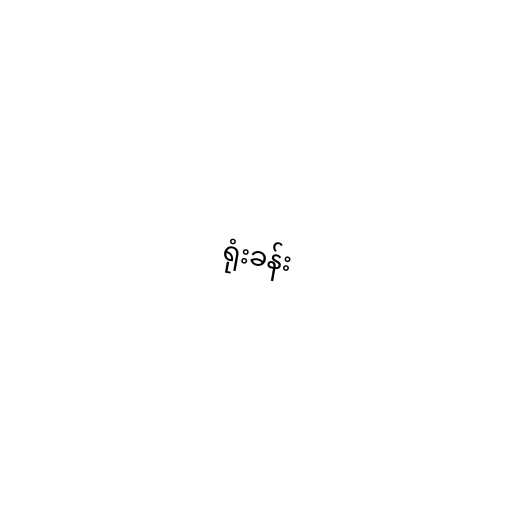
ရုံးခန်း